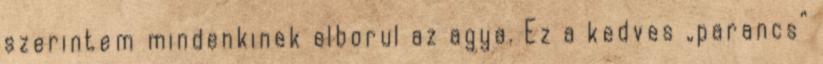
szerintem mindenkinek elborul az agya. Ez a kedves „parancs”